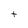
Character: t